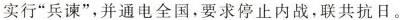
实行“兵谏”，并通电全国，要求停止内战，联共抗日。